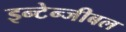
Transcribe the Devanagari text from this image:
इन्टेन्जीबल